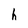
Character: h